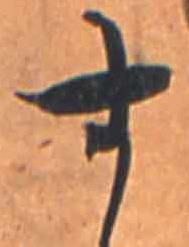
す